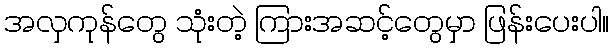
အလှကုန်တွေ သုံးတဲ့ ကြားအဆင့်တွေမှာ ဖြန်းပေးပါ။